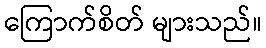
ကြောက်စိတ် များသည်။